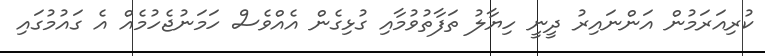
ކުރިއަރަމުން އަންނައިރު ދީނީ ހިޔާލު ތަފާތުވުމާއި ގުޅިގެން އެއްވެސް ހަމަނުޖެހުމެއް އެ ގައުމުގައި